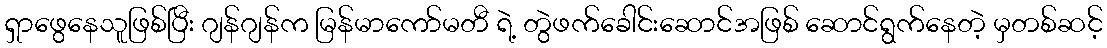
ရှာဖွေနေသူဖြစ်ပြီး ဂျန်ဂျန်က မြန်မာကော်မတီ ရဲ့ တွဲဖက်ခေါင်းဆောင်အဖြစ် ဆောင်ရွက်နေတဲ့ မှတစ်ဆင့်